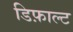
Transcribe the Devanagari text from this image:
डिफ़ाल्ट